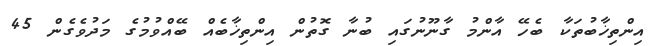
އިންތިޚާބުތަކާ ބެހޭ އާންމު ގާނޫނުގައި ބުނާ ގޮތުން އިންތިޚާބެއް ބޭއްވުމުގެ މަދުވެގެން 45